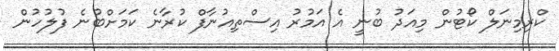
ކްރިމިނަލް ކޯޓުން މިއަދު ބުނީ އެ އަމުރު އިސްތިއުނާފް ކުރާނެ ކަމަށްބުނެ ފުލުހުން